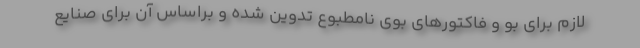
لازم برای بو و فاکتورهای بوی نامطبوع تدوین شده و براساس آن برای صنایع